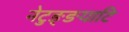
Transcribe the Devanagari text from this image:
नेटुङ्ङयाटि